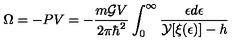
\Omega = - P V = - \frac { m { \cal { G } } V } { 2 \pi { \hbar } ^ { 2 } } \int _ { 0 } ^ { \infty } \frac { \epsilon d \epsilon } { { \cal { Y } } [ \xi ( \epsilon ) ] - h }